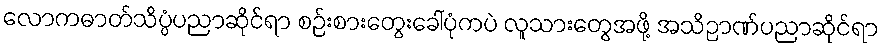
လောကဓာတ်သိပ္ပံပညာဆိုင်ရာ စဉ်းစားတွေးခေါ်ပုံကပဲ လူသားတွေအဖို့ အသိဉာဏ်ပညာဆိုင်ရာ